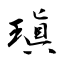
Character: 瑱